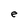
Character: e